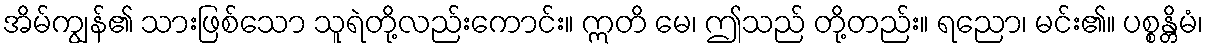
အိမ်ကျွန်၏ သားဖြစ်သော သူရဲတို့လည်းကောင်း။ ဣတိ မေ၊ ဤသည် တို့တည်း။ ရညော၊ မင်း၏။ ပစ္စန္တိမံ၊